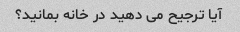
آیا ترجیح می دهید در خانه بمانید؟